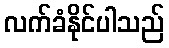
လက်ခံနိုင်ပါသည်